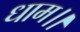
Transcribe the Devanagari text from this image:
धाम।।